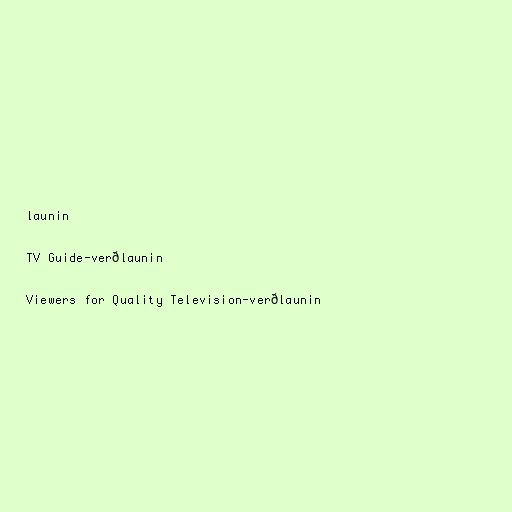
launin

TV Guide-verðlaunin

Viewers for Quality Television-verðlaunin